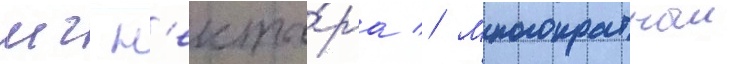
мг н'екта́ра // Многократныи